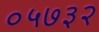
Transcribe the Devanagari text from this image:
०५७३२